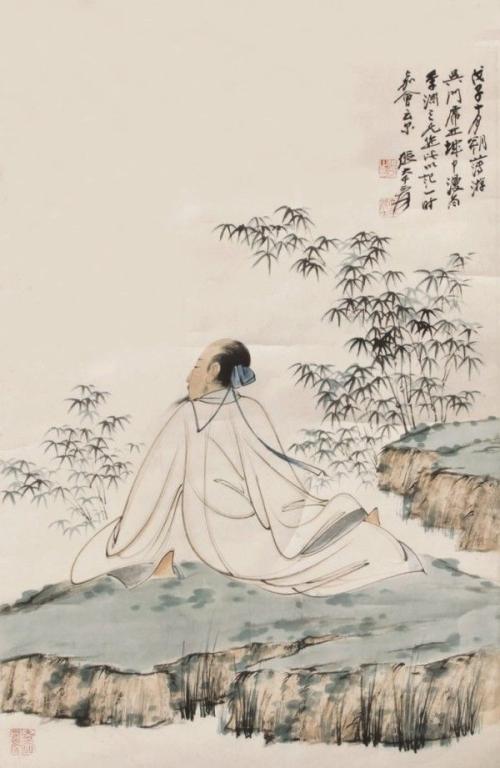
凭阑半日独无言，依旧竹声新月似当年。